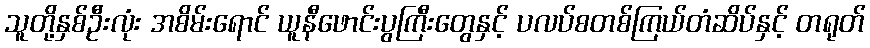
သူတို့နှစ်ဦးလုံး အစိမ်းရောင် ယူနီဖောင်းပွကြီးတွေနှင့် ပလပ်စတစ်ကြယ်တံဆိပ်နှင့် တရုတ်